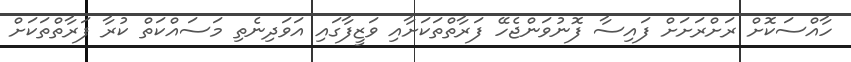
ހާއްސަކޮށް ރަށްރަށަށް ފައިސާ ފޮނުވަންޖެހޭ ފަރާތްތަކަށާއި ވަޒީފާގައި އަވަދިނެތި މަސައްކަތް ކުރާ ފަރާތްތަކަށް